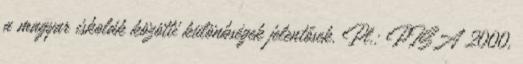
a magyar iskolák közötti különbségek jelentősek. Pl.: PISA 2000,